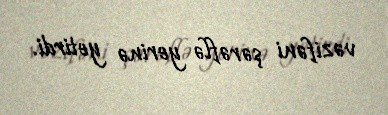
vəzifəni şərəflə yerinə yetirdi.